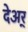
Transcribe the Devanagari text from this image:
देअर्